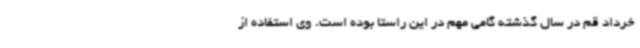
خرداد قم در سال گذشته گامی مهم در این راستا بوده است. وی استفاده از